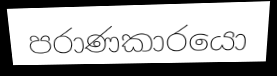
පරාණකාරයො